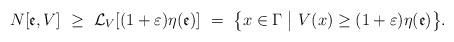
LaTeX: \begin{align*}N[\mathfrak{e},V]\ \geq \ \mathcal{L}_{V}[(1+\varepsilon )\eta (\mathfrak{e})]\ =\ \big\{x\in \Gamma \;\big|\ V(x)\geq (1+\varepsilon )\eta (\mathfrak{e})\big\}. \end{align*}